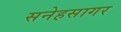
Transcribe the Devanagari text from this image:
सनेहसागर